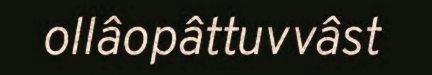
ollâopâttuvvâst